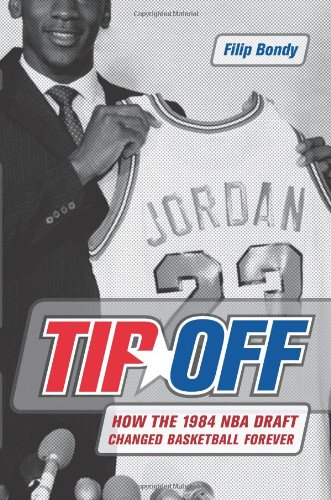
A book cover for Tip-Off: How the 1984 NBA Draft Changed Basketball Forever; Filip Bondy; Sports & Outdoors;